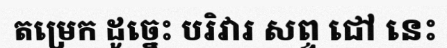
តម្រេក ដូច្នេះ បរិវារ សព្ទ ជៅ នេះ